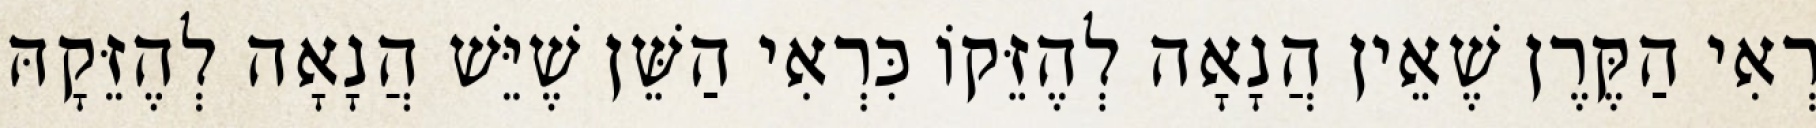
רְאִי הַקֶּרֶן שֶׁאֵין הֲנָאָה לְהֶזֵּקוֹ כִּרְאִי הַשֵּׁן שֶׁיֵּשׁ הֲנָאָה לְהֶזֵּקָהּ